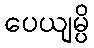
ပေယျမ္ပိ